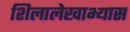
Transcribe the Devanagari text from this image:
शिलालेखाभ्यास